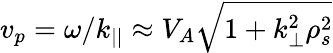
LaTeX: v_{p}=\omega/k_{||}\approx V_{A}\sqrt{1+k_{\perp}^{2}\rho_{s}^{2}}